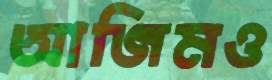
আজিমও